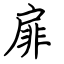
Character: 扉